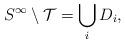
LaTeX: \begin{align*} S^{\infty} \setminus \mathcal{T} = \bigcup_i D_i,\end{align*}